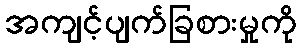
အကျင့်ပျက်ခြစားမှုကို